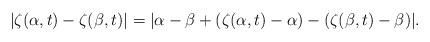
LaTeX: \begin{align*}|\zeta(\alpha,t)-\zeta(\beta,t)|=|\alpha-\beta+(\zeta(\alpha,t)-\alpha)-(\zeta(\beta,t)-\beta)|.\end{align*}